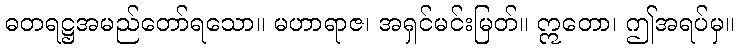
ဓတရဋ္ဌအမည်တော်ရသော။ မဟာရာဇ၊ အရှင်မင်းမြတ်။ ဣတော၊ ဤအရပ်မှ။